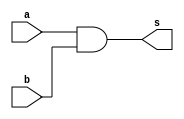
`timescale 1ns / 1ps
//////////////////////////////////////////////////////////////////////////////////
// Company: 
// Engineer: 
// 
// Design Name: 
// Module Name: andgate
// Project Name: 
// Target Devices: 
// Tool Versions: 
// Description: 
// 
// Dependencies: 
// 
// Revision:
// Revision 0.01 - File Created
// Additional Comments:
// 
//////////////////////////////////////////////////////////////////////////////////


module andgate(
    input a,
    input b,
    output s
    );
    
    assign s = a & b;
    
endmodule